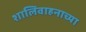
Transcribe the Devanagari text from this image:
शालिवाहनाच्या